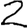
Digit: 2